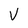
Character: V